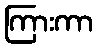
ကြားကာ